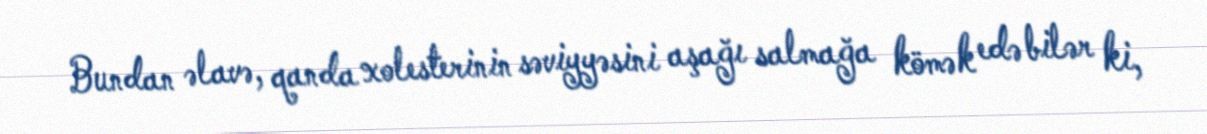
Bundan əlavə, qanda xolesterinin səviyyəsini aşağı salmağa kömək edə bilər ki,